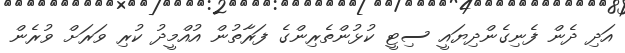
އަދި ދެން ފެނިގެންދިޔައީ ސިޓީ ކުޅުންތެރިންގެ ފަރާތުން އުއްމީދު ކުރި ވަރަށް ވުރެން